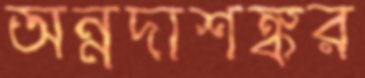
অন্নদাশঙ্কর